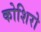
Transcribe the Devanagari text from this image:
कोशिरो